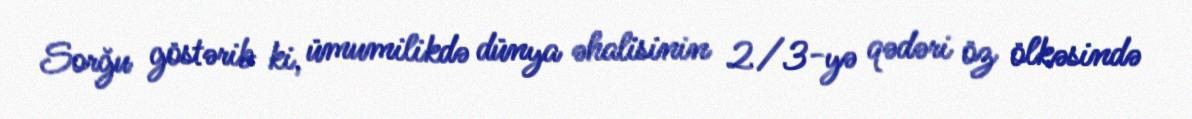
Sorğu göstərib ki, ümumilikdə dünya əhalisinin 2/3-yə qədəri öz ölkəsində